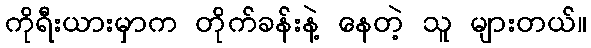
ကိုရီးယားမှာက တိုက်ခန်းနဲ့ နေတဲ့ သူ များတယ်။